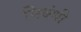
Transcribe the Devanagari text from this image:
निबंधी